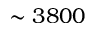
\sim 3 8 0 0